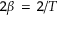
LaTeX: \scriptstyle 2 \beta \ = \ 2 / T